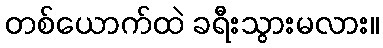
တစ်ယောက်ထဲ ခရီးသွားမလား။